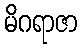
မိဂရာဇာ